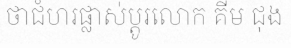
ថាជំហរផ្លាស់ប្តូរលោក គីម ជុង